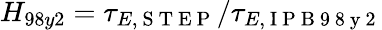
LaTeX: H_{98y2}=\tau_{E,\mathrm{~S~T~E~P~}}/\tau_{E,\mathrm{~I~P~B~9~8~y~2~}}